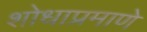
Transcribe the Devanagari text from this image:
शोधाप्रमाणे